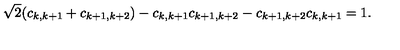
\sqrt { 2 } ( c _ { k , k + 1 } + c _ { k + 1 , k + 2 } ) - c _ { k , k + 1 } c _ { k + 1 , k + 2 } - c _ { k + 1 , k + 2 } c _ { k , k + 1 } = 1 .